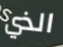
الذي